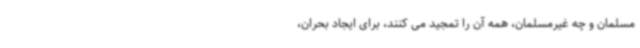
مسلمان و چه غیرمسلمان، همه آن را تمجید می کنند، برای ایجاد بحران،